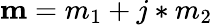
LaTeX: \textbf{m}=m_{1}+j*m_{2}